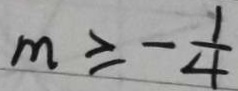
m \geq - \frac { 1 } { 4 }